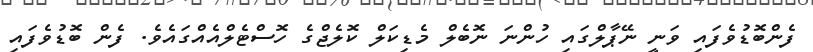
ފެންބޮޑުވެފައި ވަނީ ނޭޕާލްގައި ހުންނަ ނޮބެލް މެޑިކަލް ކޮލެޖްގެ ހޮސްޓެލްއެއްގައެވެ. ފެން ބޮޑުވެފައި